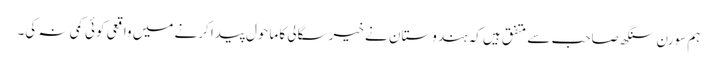
ہم سورن سنگھ صاحب سے متفق ہیں کہ ہندوستان نے خیرسگالی کا ماحول پیدا کرنے میں واقعی کوئی کمی نہ کی۔